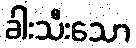
ခါးသီးသော